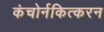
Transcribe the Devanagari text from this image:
कंचोर्नकित्करन